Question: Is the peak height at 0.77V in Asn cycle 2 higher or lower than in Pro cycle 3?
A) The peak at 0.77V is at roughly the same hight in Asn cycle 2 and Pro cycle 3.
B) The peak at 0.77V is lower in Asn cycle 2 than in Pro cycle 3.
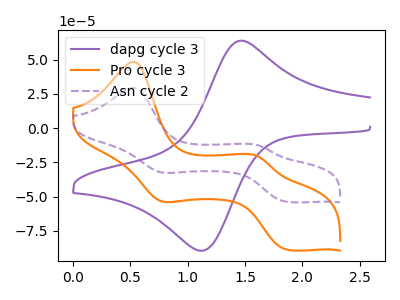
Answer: <think>The purple curve "dapg cycle 3" has an anodic peak at (1.45V, 63.80uA) and a cathodic peak at (1.10V, -89.45uA). The orange curve "Pro cycle 3" has anodic peaks at (0.55V, 48.40uA) (1.60V, -20.80uA) and cathodic peaks at (0.75V, -53.20uA) (1.85V, -88.80uA). The purple dashed curve "Asn cycle 2" has anodic peaks at (0.55V, 29.35uA) (1.60V, -12.60uA) and cathodic peaks at (0.75V, -32.25uA) (1.85V, -53.80uA).</think>
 <answer>B) The peak at 0.77V is lower in "Asn cycle 2" than in "Pro cycle 3".</answer>
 <eval>B</eval>